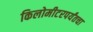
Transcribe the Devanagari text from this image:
किलोमीटरपर्यंतचा